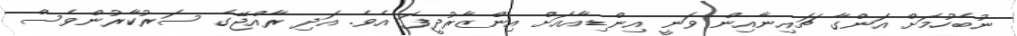
ނުބެހުމަށް އަންގާ ޗައިނާއިން ވަނީ އިންޑިއާއަށް އިންޒާރުދީފަ އެވެ. އަދި ރާއްޖޭގެ ސަރުކާރުންވެސް